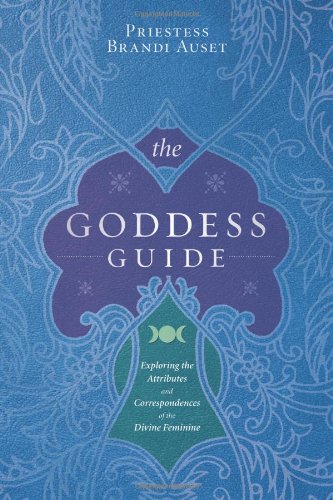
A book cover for The Goddess Guide: Exploring the Attributes and Correspondences of the Divine Feminine; Priestess Brandi Auset; Religion & Spirituality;